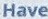
Have